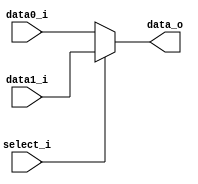
module Mux2to1 (
    data0_i,
    data1_i,
    select_i,
    data_o
);

  parameter size = 0;

  //I/O ports
  input [size-1:0] data0_i;
  input [size-1:0] data1_i;
  input select_i;

  output [size-1:0] data_o;

  //Internal Signals
  wire [size-1:0] data_o;

  //Main function
  /*your code here*/
  assign data_o = select_i ? data1_i : data0_i;


endmodule